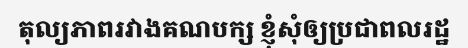
តុល្យភាពរវាងគណបក្ស ខ្ញុំសុំឲ្យប្រជាពលរដ្ឋ